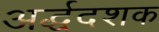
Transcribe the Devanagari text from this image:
अर्द्धदशक